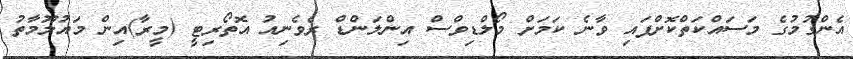
އެންގުމުގެ މަސައްކަތްކޮށްފައި ވާނެ ކަމަށް މޯލްޑިވްސް އިންލަންޑް ރެވެނިއު އޮތޯރިޓީ (މީރާ)އިން މައުލޫމާތު